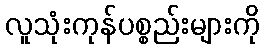
လူသုံးကုန်ပစ္စည်းများကို